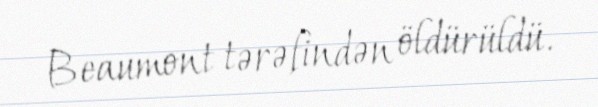
Beaumont tərəfindən öldürüldü.